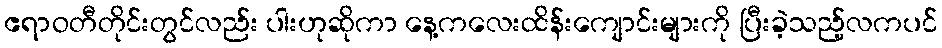
ဧရာဝတီတိုင်းတွင်လည်း ပါးဟုဆိုကာ နေ့ကလေးထိန်းကျောင်းများကို ပြီးခဲ့သည့်လကပင်